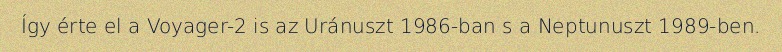
Így érte el a Voyager-2 is az Uránuszt 1986-ban s a Neptunuszt 1989-ben.